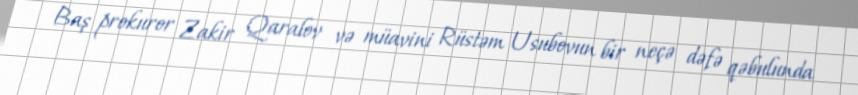
Baş prokuror Zakir Qaralov və müavini Rüstəm Usubovun bir neçə dəfə qəbulunda